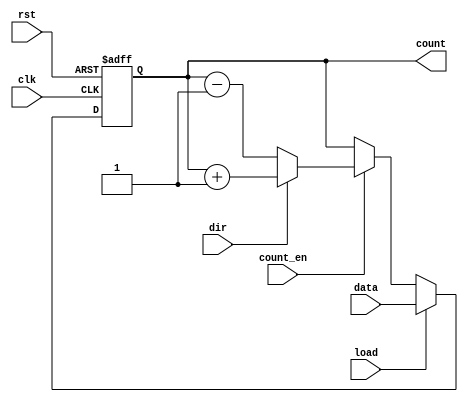
module synchronous_load_counter (
    input wire clk,          // Clock signal
    input wire rst,          // Active-high reset signal
    input wire load,         // Active-high load signal
    input wire [7:0] data,   // Data input for loading the counter
    input wire count_en,     // Count enable signal
    input wire dir,          // Direction signal (1 for up, 0 for down)
    output reg [7:0] count   // Current value of the counter
);

// Always block triggered on the rising edge of the clock
always @(posedge clk or posedge rst) begin
    if (rst) begin
        // Reset the counter to zero
        count <= 8'b0;
    end else if (load) begin
        // Load the specified value into the counter
        count <= data;
    end else if (count_en) begin
        // Count up or down based on the direction signal
        if (dir) begin
            // Count up
            count <= count + 1;
        end else begin
            // Count down
            count <= count - 1;
        end
    end
end

endmodule